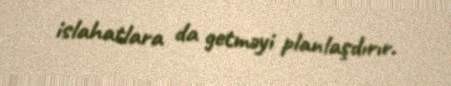
islahatlara da getməyi planlaşdırır.